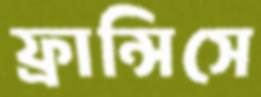
ফ্রান্সিসে